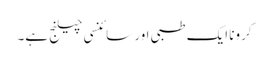
کرونا ایک طبی اور سائنسی چیلنج ہے۔